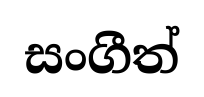
සංගීත්